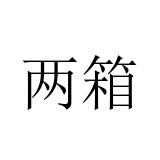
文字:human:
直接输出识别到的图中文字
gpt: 两箱